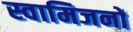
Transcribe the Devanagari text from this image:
स्वामिजनों